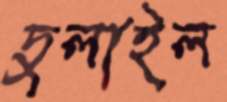
দুলাইল